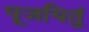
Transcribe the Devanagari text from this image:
पूजयितुं